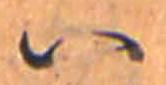
ハ